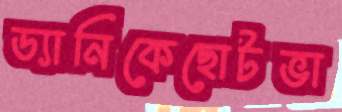
ড্যানিকেছোটভা